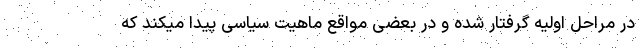
در مراحل اولیه گرفتار شده و در بعضی مواقع ماهیت سیاسی پیدا میکند که